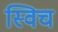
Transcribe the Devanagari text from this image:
स्‍विच